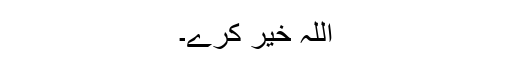
اللہ خیر کرے۔